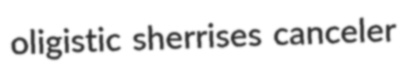
oligistic sherrises canceler